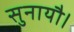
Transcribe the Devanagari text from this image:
सुनायौ।